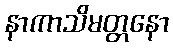
နာကာသိမတ္တနော